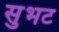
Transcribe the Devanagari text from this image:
सुभट